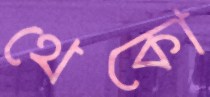
থেকো